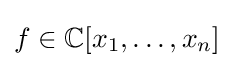
f\in \mathbb {C} [x_{1},\ldots ,x_{n}]